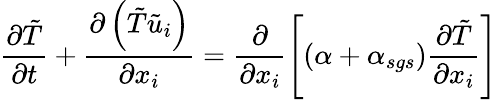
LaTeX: \frac{\partial\tilde{T}}{\partial t}+\frac{\partial\left(\tilde{T}\tilde{u}_{i}\right)}{\partial x_{i}}=\frac{\partial}{\partial x_{i}}\left[\left(\alpha+\alpha_{sgs}\right)\frac{\partial\tilde{T}}{\partial x_{i}}\right]